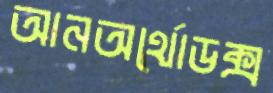
আনঅর্থোডক্স